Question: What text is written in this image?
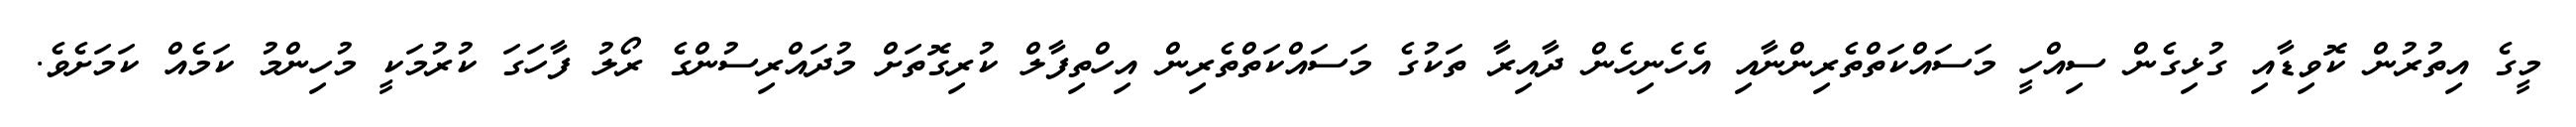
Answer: މީގެ އިތުރުން ކޮވިޑާއި ގުޅިގެން ސިއްހީ މަސައްކަތްތެރިންނާއި އެހެނިހެން ދާއިރާ ތަކުގެ މަސައްކަތްތެރިން އިހްތިފާލް ކުރިގޮތަށް މުދައްރިސުންގެ ރޯލު ފާހަގަ ކުރުމަކީ މުހިންމު ކަމެއް ކަމަށެވެ.